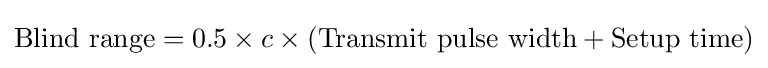
{\text{Blind range}}=0.5\times c\times ({\text{Transmit pulse width}}+{\text{Setup time}})